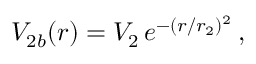
V _ { 2 b } ( r ) = V _ { 2 } \, e ^ { - ( r / r _ { 2 } ) ^ { 2 } } \, ,